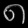
Digit: ၈